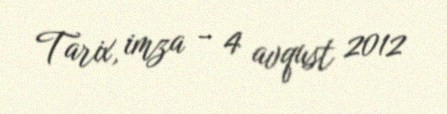
Tarix, imza - 4 avqust 2012